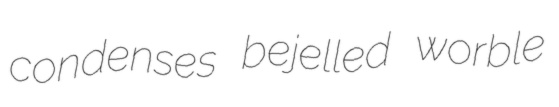
condenses bejelled worble